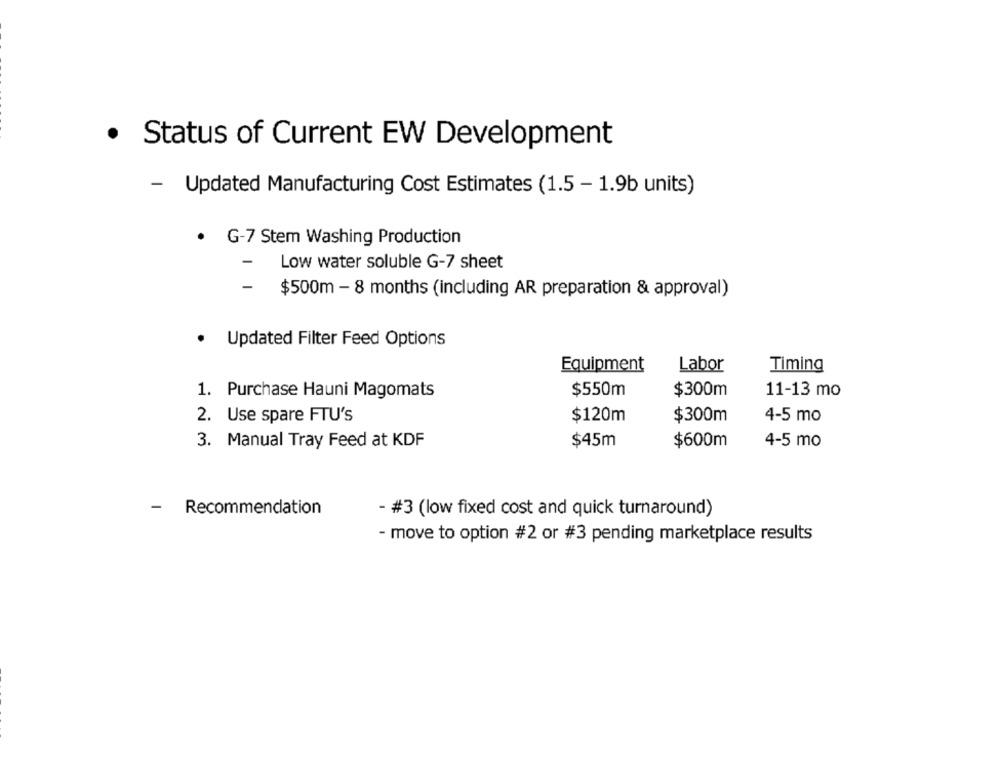
· Status of Current EW Development
- Updated Manufacturing Cost Estimates (1.5 - 1.9b units)
· G-7 Stem Washing Production
-
Low water soluble G-7 sheet
-
$500m - 8 months (including AR preparation & approval)
.
Updated Filter Feed Options
Equipment
Labor
Timing
1. Purchase Hauni Magomats
$550m
$300m
11-13 mo
2. Use spare FTU's
$120m
$300m
4-5 mo
$45m
3. Manual Tray Feed at KDF
$600m
4-5 mo
-
Recommendation
- #3 (low fixed cost and quick turnaround)
- move to option #2 or #3 pending marketplace results